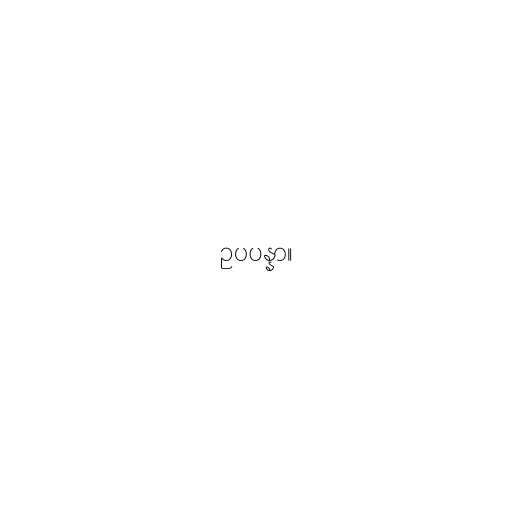
ဥပပန္နာ။